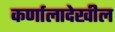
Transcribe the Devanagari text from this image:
कर्णालादेखील